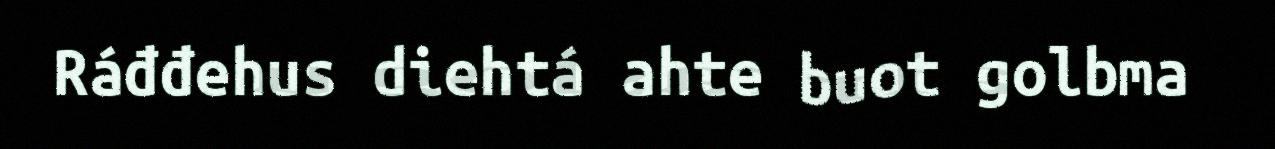
Ráđđehus diehtá ahte buot golbma